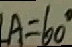
A = 6 0 ^ { \circ }